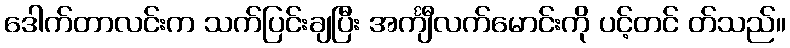
ဒေါက်တာလင်းက သက်ပြင်းချပြီး အင်္ကျီလက်မောင်းကို ပင့်တင် တ်သည်။